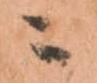
ニ